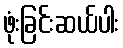
ဖုံးခြင်းဆယ်ပါး